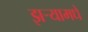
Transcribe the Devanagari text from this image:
झर्‍यामधे